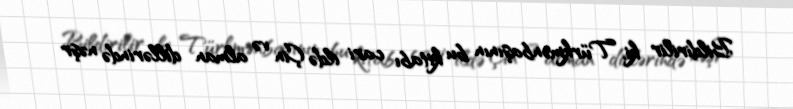
Bildirilir ki, Türkmənbaşının bu kitabı cari ildə Çin və alman dillərində nəşr